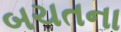
બચતના